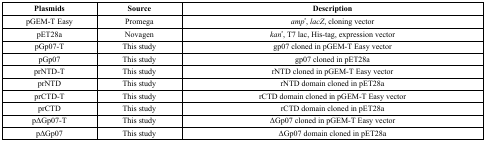
<table><thead><tr><td><b>Plasmids</b></td><td><b>Source</b></td><td><b>Description</b></td></tr></thead><tbody><tr><td>pGEM-T Easy</td><td>Promega</td><td><i>amp</i><sup>r</sup>, <i>lacZ</i>, cloning vector</td></tr><tr><td>pET28a</td><td>Novagen</td><td><i>kan</i><sup>r</sup>, T7 lac, His-tag, expression vector</td></tr><tr><td>pGp07-T</td><td>This study</td><td>gp07 cloned in pGEM-T Easy vector</td></tr><tr><td>pGp07</td><td>This study</td><td>gp07 cloned in pET28a</td></tr><tr><td>prNTD-T</td><td>This study</td><td>rNTD cloned in pGEM-T Easy vector</td></tr><tr><td>prNTD</td><td>This study</td><td>rNTD domain cloned in pET28a</td></tr><tr><td>prCTD-T</td><td>This study</td><td>rCTD domain cloned in pGEM-T Easy vector</td></tr><tr><td>prCTD</td><td>This study</td><td>rCTD domain cloned in pET28a</td></tr><tr><td>pΔGp07-T</td><td>This study</td><td>ΔGp07 cloned in pGEM-T Easy vector</td></tr><tr><td>pΔGp07</td><td>This study</td><td>ΔGp07 domain cloned in pET28a</td></tr></tbody></table>